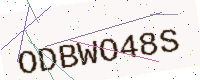
Text: ODBWO48S